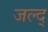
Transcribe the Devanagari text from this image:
जल्द्